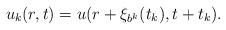
LaTeX: \begin{align*}u_k(r,t)=u(r+\xi_{b^k}(t_k), t+t_k).\end{align*}